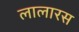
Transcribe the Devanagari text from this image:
लालारस